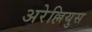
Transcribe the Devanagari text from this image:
अरेल्लियुस